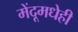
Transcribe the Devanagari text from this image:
मेंदूमधेही